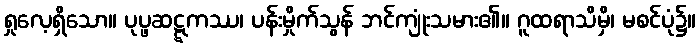
ရှုလေ့ရှိသော။ ပုပ္ဖဆဋ္ဋကဿ၊ ပန်းမှိုက်သွန် ဘင်ကျုံးသမား၏။ ဂူထရာသိမှိ၊ မစင်ပုံ၌။